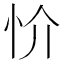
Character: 忦